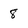
Character: 8